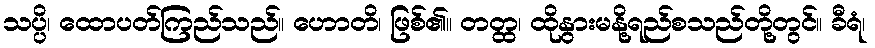
သပ္ပိ၊ ထောပတ်ကြည်သည်။ ဟောတိ၊ ဖြစ်၏။ တတ္ထ၊ ထိုနွားမနို့ရည်စသည်တို့တွင်။ ခီရံ၊